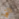
التي